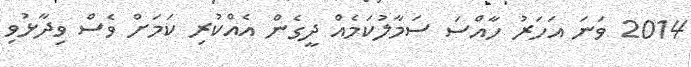
2014 ވަނަ އަހަރު ހާއްސަ ސަމާލުކަމެއް ދީގެން އެއްކުރި ކަމަށް ވެސް ވިދާޅުވި